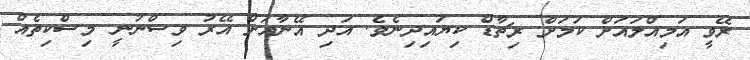
ރޭވީ އަމިއްލައަށް ކަމަށް ރިޗާޑް ކިޔައިދިނެވެ. އަދި އޭނާއަށް އޭރު ވިސްނުނީ މިސްކިތެއް